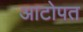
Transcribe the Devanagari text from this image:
आटोपत